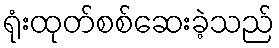
ရုံးထုတ်စစ်ဆေးခဲ့သည်